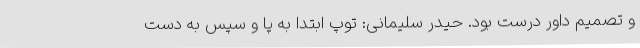
و تصمیم داور درست بود. حیدر سلیمانی: توپ ابتدا به پا و سپس به دست